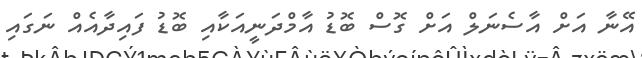
އޭނާ އަށް އާސެނަލް އަށް ގޮސް ބޮޑު އާމްދަނީއަކާއި ބޮޑު ފައިދާއެއް ނަގައި